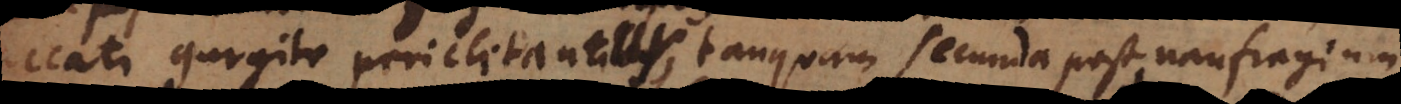
peccati gurgite periclitantur, tanquam secunda post naufragium